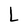
Character: L